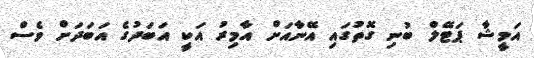
އަމީޝާ ޕަޓޭލް ބުނި ގޮތުގައި އޭނާއަށް އާމިރު އަކީ އަބަދުގެ އަބަދަށް ވެސް